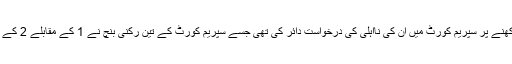
مسلم لیگی رہنما شکیل اعوان نے شیخ رشید کے خلاف آمدن سے زائد اثاثے رکھنے پر سپریم کورٹ میں ان کی نااہلی کی درخواست دائر کی تھی جسے سپریم کورٹ کے تین رکنی بنچ نے 1 کے مقابلے 2 کے تناسب سے خارج کر کے شیخ رشید کو آئندہ الیکشن لڑنے کا اہل قرار دے دیا۔